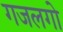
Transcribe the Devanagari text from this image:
गजलगो